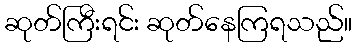
ဆုတ်ကြီးရင်း ဆုတ်နေကြရသည်။